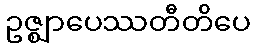
ဥဇ္ဈာပေဿတီတိပေ